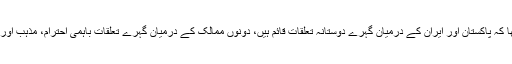
اسلام آباد میں پاک ایران مشترکہ بزنس فورم سے خطاب کرتے ہوئے وزیراعظم نواز شریف کا کہنا تھا کہ پاکستان اور ایران کے درمیان گہرے دوستانہ تعلقات قائم ہیں، دونوں ممالک کے درمیان گہرے تعلقات باہمی احترام، مذہب اور ثقافت پر مبنی ہیں، ایران کے ساتھ برادرانہ تعلق کو شراکت داری میں بدلنا وقت کی اہم ضرورت ہے۔